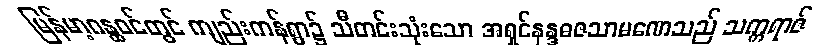
မြန်မာ့ဂန္ထဝင်တွင် ကျည်းကန်ရွာ၌ သီတင်းသုံးသော အရှင်နန္ဒဓဇသာမဏေသည် သက္ကရာဇ်